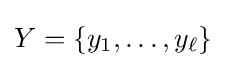
Y=\{y_{1},\dots ,y_{\ell }\}